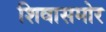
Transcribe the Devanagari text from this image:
शिवासमोर